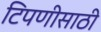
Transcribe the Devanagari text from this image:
टिपणीसाठी